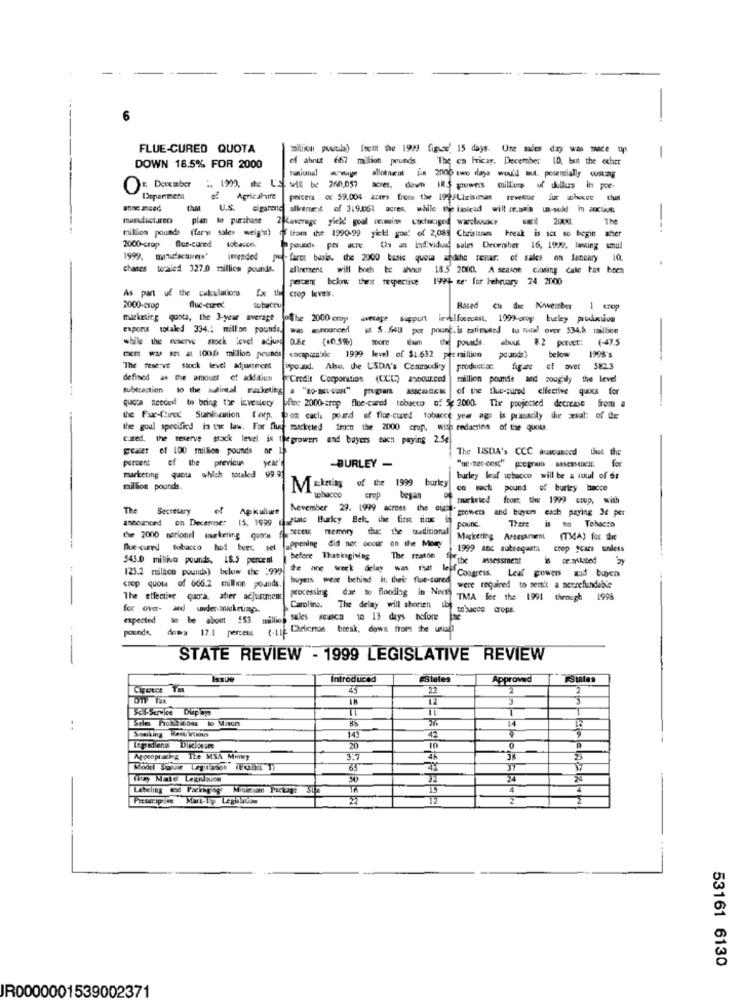
FLUE-CURED QUOTA
milion potla) frem the 199) fig-e' 15 days. Une sales day was mace
of ahnit 667 million pounds.
"The ca Fricay. December 1D, but the other
-
DOWN 18.5% FOR 2000
nunicanal
allotment . 2000 two days would wut. pourtially -
: December : 1999, the US will be 260,057 acres, down IRS growers millions of dollars in poe.
of Agriculture
percent oc 59,004 aztes from the 19/Utzisimas revetoe fur whosee that
chat
U.S.
digarono allement of 319.051 acres, while the imolead will re.na's un-sold in action
marductreos
plan to purchase 2 kaverage yield gool remains cactuciged warehouace
. 2000.
The
million pounds (fary sales weig'n) (f from the 1990-99 yield goal of 2,085 Christines break is sct to begin atter
flue-cured
2000-crop
1pound Por were On an individual sales December 16, 1999, lasting wmuil
1999
imended
pu- farms basis. the 2000 basic quota andthe restar. of sales on January lQ.
chases toraied 327.0 million pounds.
zilversent will boeh to ahaut 18.5 2000. A season closing cale tas boch
percent below thest respective 199 se. for hebruary 24. 2000
As part of the calculations
for the crop levels.
2000-crop
flue-cured
tobacco
Based Ch ihre Koweober 1 crop
marketing quota, the 3-year average
Jotthe 2000 crop
wwetape spurt levelfusecest. 1099-crop burley production
exports totaled 334.1 million pounds, was anounced at $. 640 por pounE. is tatimated to turall over 534.8 million
(+0.5%)
more tum the pourds. . buut 8.2 pctact: (-47.5
DER wa se at 1000 million pounds
comparable 1999 level of $1.632 per million
pounds
below
1998's
The reserve stock level adjustment
ipound. Also, the USDA's Commodity
productiec. figure of over 582.3
defined as the amount of adddium
Credit Corporation (CCC) asbour.ced raillien pounds and soughly the level
subtraction both -nul -aktig . " ---- "mg AS- of the tiue-tured effective quoca for
quota needed to bring the inventory plin: 2000-srop flue-cured tobacco of 5x 2000. The projected decrease from a
the Fue-Chce Stanicion Corp. woom cach pouard of floe-cured tobacce yea ago is primarily the sesal: of the
the goal specified in the law. For flue marketed fraco the 2000 crop, with reduction of the quou.
cured. the reserve stack level is the growers and buyers each paying 2.54
greater of 100 million pounds or L
The USDA's CCC susanced that the
percent of the previous
year's
for
marketing quota which totaled 99.9
-BURLEY -
burley leaf wobacco will be a soul of 6:
million pounds.
M=keting of the 1999 burley
tobacco
began
of murketed from the 1999 coop, with
The
Secretary
Apkulture
November 29. 1999 across the otaal" growers and buyers each paying 3e per
announced
on Decermoe:
15, 1999 gagtate Burkcy Bet, the first diox
the 2000 nerionel smerketing quorn facet memory
the: the tradicional
pourc.
There
is no Tohacsa
fue-card tobacco hod bues set uppening did not occur on the Many
Marketing Assessment (TMA) for the
1999 anc subsegasta crop years unless
343.0 million pounds, 18.5 percent | before Thatisgiving
The reason Ofthe assessment
is me.nlated
123.2 million pounds) below the 999 te
buyers wese behind it; thei: floe-cured
the ane week delay was that wof Congress. Leaf powers zad buyers
crop quot of 666.2 million pounds.
were required to serie a serrefundable
The effective curta, atier adjustment
processing due to flooding in Noch TMA for the 1991 through 1998
Carolina. The delay will shonen iht tobacce crops.
expected
to be about 153 milli sales seca to 13 days before
pounds, doma 17.1 percent
(-11: Cricmas break, down from the usada
STATE REVIEW - 1999 LEGISLATIVE REVIEW
Introduced
States
Approved
Cipeers Th
45
2
1
12
3
T
Stie Proibitoas to Mitch
- -
Smoking Kawaiiown
141
42
20
10
0
Aggeopracing The MSA Money
2
37
30
24
Labeling tod Packaging Minimum Package Si
16
4
Presuriprive Mark-Up Legislation
22
53161 6130
R0000001539002371